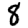
Digit: 8